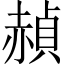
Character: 赬